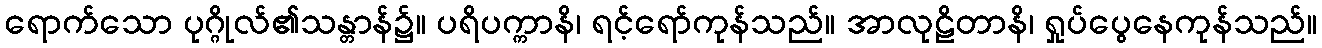
ရောက်သော ပုဂ္ဂိုလ်၏သန္တာန်၌။ ပရိပက္ကာနိ၊ ရင့်ရော်ကုန်သည်။ အာလုဠိတာနိ၊ ရှုပ်ပွေနေကုန်သည်။